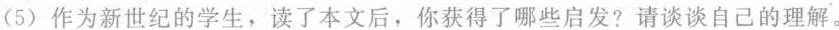
(5)作为新世纪的学生，读了本文后，你获得了哪些启发?请谈谈自己的理解。